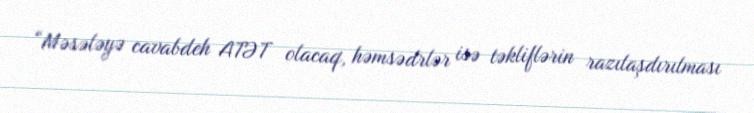
“Məsələyə cavabdeh ATƏT olacaq, həmsədrlər isə təkliflərin razılaşdırılması